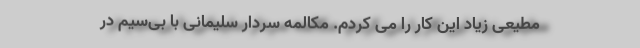
مطيعى زياد اين كار را مى كردم. مکالمه سردار سلیمانی با بی‌سیم در